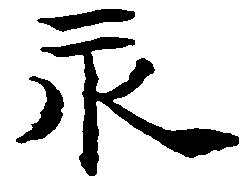
永